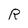
Character: R